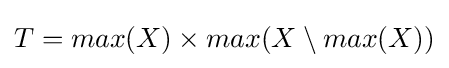
T=max(X)\times max(X\setminus max(X))